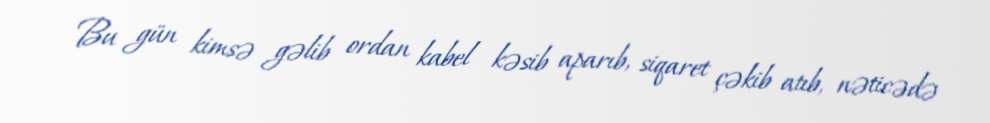
Bu gün kimsə gəlib ordan kabel kəsib aparıb, siqaret çəkib atıb, nəticədə